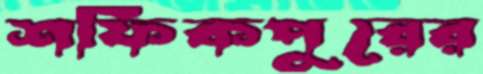
শফিকপুরের